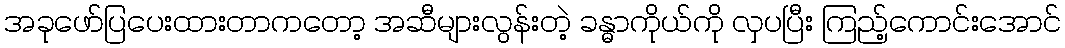
အခုဖော်ပြပေးထားတာကတော့ အဆီများလွန်းတဲ့ ခန္ဓာကိုယ်ကို လှပပြီး ကြည့်ကောင်းအောင်